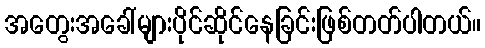
အတွေးအခေါ်များပိုင်ဆိုင်နေခြင်းဖြစ်တတ်ပါတယ်။